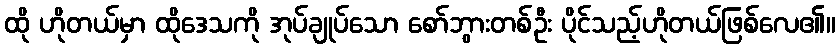
ထို ဟိုတယ်မှာ ထိုဒေသကို အုပ်ချုပ်သော စော်ဘွားတစ်ဦး ပိုင်သည့်ဟိုတယ်ဖြစ်လေ၏။